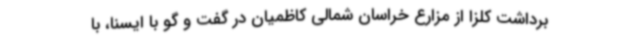
برداشت کلزا از مزارع خراسان شمالی کاظمیان در گفت و گو با ایسنا، با